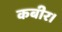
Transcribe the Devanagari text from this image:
कबीर।